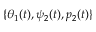
\{ \theta _ { 1 } ( t ) , \psi _ { 2 } ( t ) , p _ { 2 } ( t ) \}